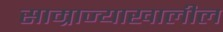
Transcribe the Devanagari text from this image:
साम्राज्याखालील